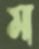
ম